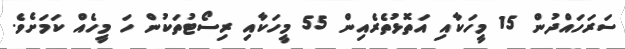
ސަރަހައްދުން 15 މީހަކާއި އަތޮޅުތެރެއިން 55 މީހަކާއި ރިސޯޓުތަކުން ހަ މީހެއް ކަމަށެވެ.